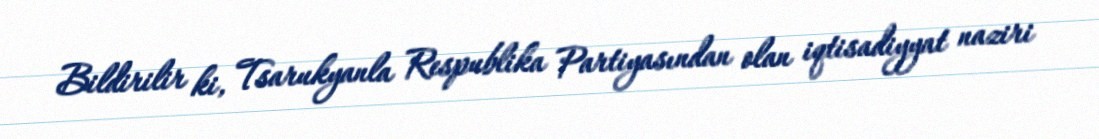
Bildirilir ki, Tsarukyanla Respublika Partiyasından olan iqtisadiyyat naziri